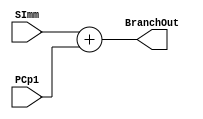
`timescale 1ns / 1ps

module PCBranch(
    input [31:0] SImm,
    input [31:0] PCp1,
    output reg [31:0] BranchOut
    );
    always @(SImm or PCp1) begin
        BranchOut <= SImm + PCp1;
    end
endmodule